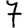
Digit: 7